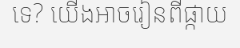
ទេ? យើងអាចរៀនពីផ្កាយ